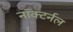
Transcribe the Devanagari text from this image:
नॉक्टर्नल